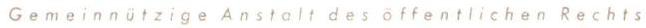
Gemeinnützige Anstalt des öffentlichen Rechts